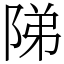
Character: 𨹥